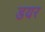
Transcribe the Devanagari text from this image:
डयर